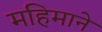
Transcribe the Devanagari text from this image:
महिमाने